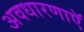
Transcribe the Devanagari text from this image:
अवधारणाएॅ